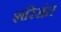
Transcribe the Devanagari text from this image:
शरिरांत